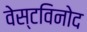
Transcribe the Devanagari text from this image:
वेस्टविनोद